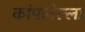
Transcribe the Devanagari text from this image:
कांपानेल्ला